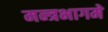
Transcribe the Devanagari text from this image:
मन्त्रभागमे